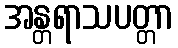
အန္တရာသပတ္တာ